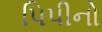
પિપીનો